system: You are a helpful assistant.
user:
Analyze the provided spectrum to determine if it is a **Carbon Star (C-type)**.

- **Key Visual Indicators of Carbon Star:**
    - **(Primary):** Strong molecular absorption from **C₂ (diatomic carbon) "Swan Bands."** This is the **defining feature** of a carbon star.
        - **(Key Bandheads):** Sharp absorption edges are visible at approximately $5635$ Å, $5165$ Å (the strongest band), and $4737$ Å.
        - **(Line Profile):** Creates a distinct **"saw-tooth"** pattern. The key morphology is a sharp, steep bandhead on the **red (long-wavelength) side**, which then gradually tapers off (i.e., flux recovers) towards the **blue (short-wavelength) side**. *(This is the direct opposite of the TiO bands seen in M-type stars)*.

    - **(Secondary):** Intense **CN (cyanogen)** molecular absorption bands.
        - **(Key Bandheads):** Located in the blue and violet regions of the spectrum (e.g., near $4215$ Å and $3883$ Å).
        - **(Morphology):** These bands are extremely broad and act as a "blanket," absorbing the vast majority of blue and violet light. This creates a characteristic **"cliff"** or **"steep drop-off"** in the spectrum's flux at short wavelengths.

    - **(Key Confirmation):** Strong **CH absorption band (G-band)**.
        - **(Key Bandhead):** Located around $4300$ Å. The contribution from CH molecules to this band is exceptionally strong.

    - **(Overall Spectrum):**
        - The continuum is severely "chopped up" by these deep molecular bands, especially C₂, rather than appearing as a smooth curve.
        - Due to the heavy CN and C₂ absorption in the blue-green, the vast majority of the star's flux is concentrated in the red part of the spectrum, giving the star its characteristic deep red color.

Think first, call **spectral_visualization_tool** if needed to examine features in detail, then provide your final answer. Your response must adhere to the following strict rules:
1.  **Overall Structure:** Your response must follow the format `<think>...</think> <tool_call>...</tool_call> (if a tool is used) <answer>...</answer>`.
2.  **Tool Usage Constraint:** You may only make **one** tool call per turn.
3.  **Final Answer Format:** In the `<answer>` tag, your conclusion must be inside a `\boxed{}` command (e.g., `\boxed{YES}`), followed by your justification.

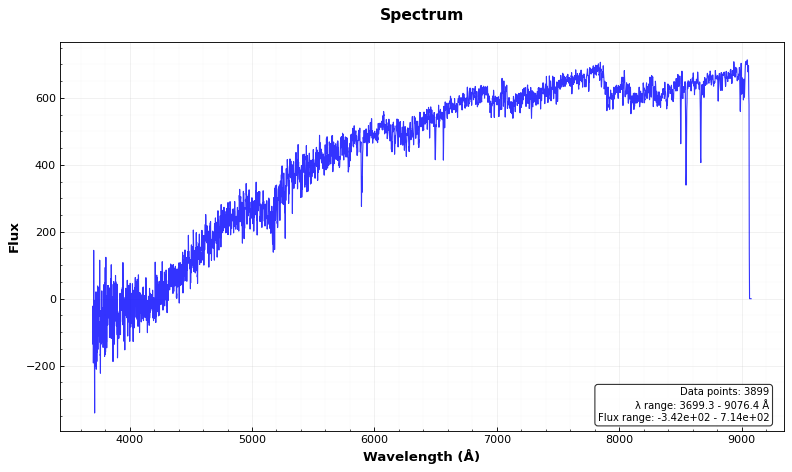
Answer: NO